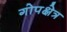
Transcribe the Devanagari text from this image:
गोपक्षेत्र